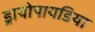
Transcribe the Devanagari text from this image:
ड्रायोपायडिया